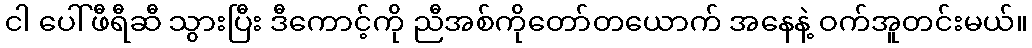
ငါ ပေါ်ဖီရီဆီ သွားပြီး ဒီကောင့်ကို ညီအစ်ကိုတော်တယောက် အနေနဲ့ ဝက်အူတင်းမယ်။